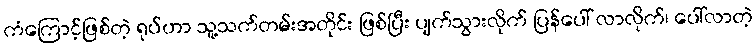
ကံကြောင့်ဖြစ်တဲ့ ရုပ်ဟာ သူ့သက်တမ်းအတိုင်း ဖြစ်ပြီး ပျက်သွားလိုက် ပြန်ပေါ် လာလိုက်၊ ပေါ်လာတဲ့